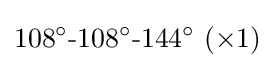
108^{\circ }{\text{-}}108^{\circ }{\text{-}}144^{\circ }~(\times 1)